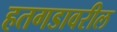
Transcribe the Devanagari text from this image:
हतगडावरील